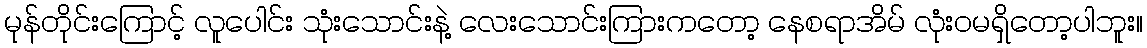
မုန်တိုင်းကြောင့် လူပေါင်း သုံးသောင်းနဲ့ လေးသောင်းကြားကတော့ နေစရာအိမ် လုံးဝမရှိတော့ပါဘူး။